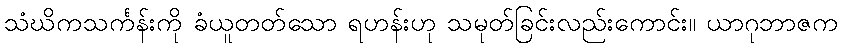
သံဃိကသင်္ကန်းကို ခံယူတတ်သော ရဟန်းဟု သမုတ်ခြင်းလည်းကောင်း။ ယာဂုဘာဇက